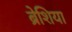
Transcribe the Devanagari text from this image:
ब्रेशिया